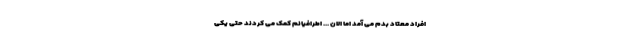
افراد معتاد بدم می آمد اما الان ... اطرافیانم کمک می کردند حتی یکی